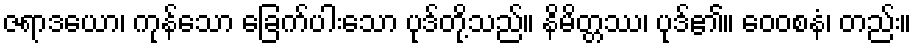
ဇရာဒယော၊ ကုန်သော ခြေက်ပါးသော ပုဒ်တို့သည်။ နိမိတ္တဿ၊ ပုဒ်၏။ ဝေဝစနံ၊ တည်း။